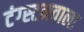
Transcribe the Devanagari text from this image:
टंग्स्टनवाला